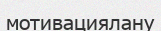
мотивациялану